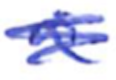
Text: a
Cross-out: scratch
Writing tool: ballpoint